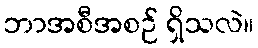
ဘာအစီအစဉ် ရှိသလဲ။